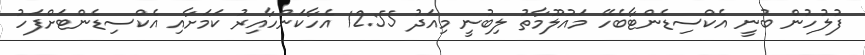
ފުލުހުން ބުނީ އެކްސިޑެންޓާބެހޭ މައުލޫމާތު ލިބުނީ މިއަދު 12:55 އެހާކަންހާއިރު ކަމަށާއި އެކްސިޑެންޓަށްފަހު